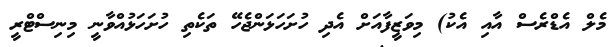
މެލް އެޑްރެސް އާއި އެކު) މިވަޒީފާއަށް އެދި ހުށަހަޅަންޖެހޭ ތަކެތި ހުށަހަޅުއްވާނީ މިނިސްޓްރީ